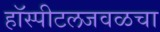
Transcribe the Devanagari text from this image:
हॉस्पीटलजवळचा